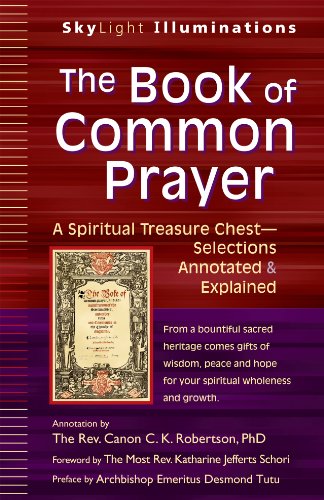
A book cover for The Book of Common Prayer: A Spiritual Treasure ChestSelections Annotated & Explained (SkyLight Illuminations); C. K. Robertson; Christian Books & Bibles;